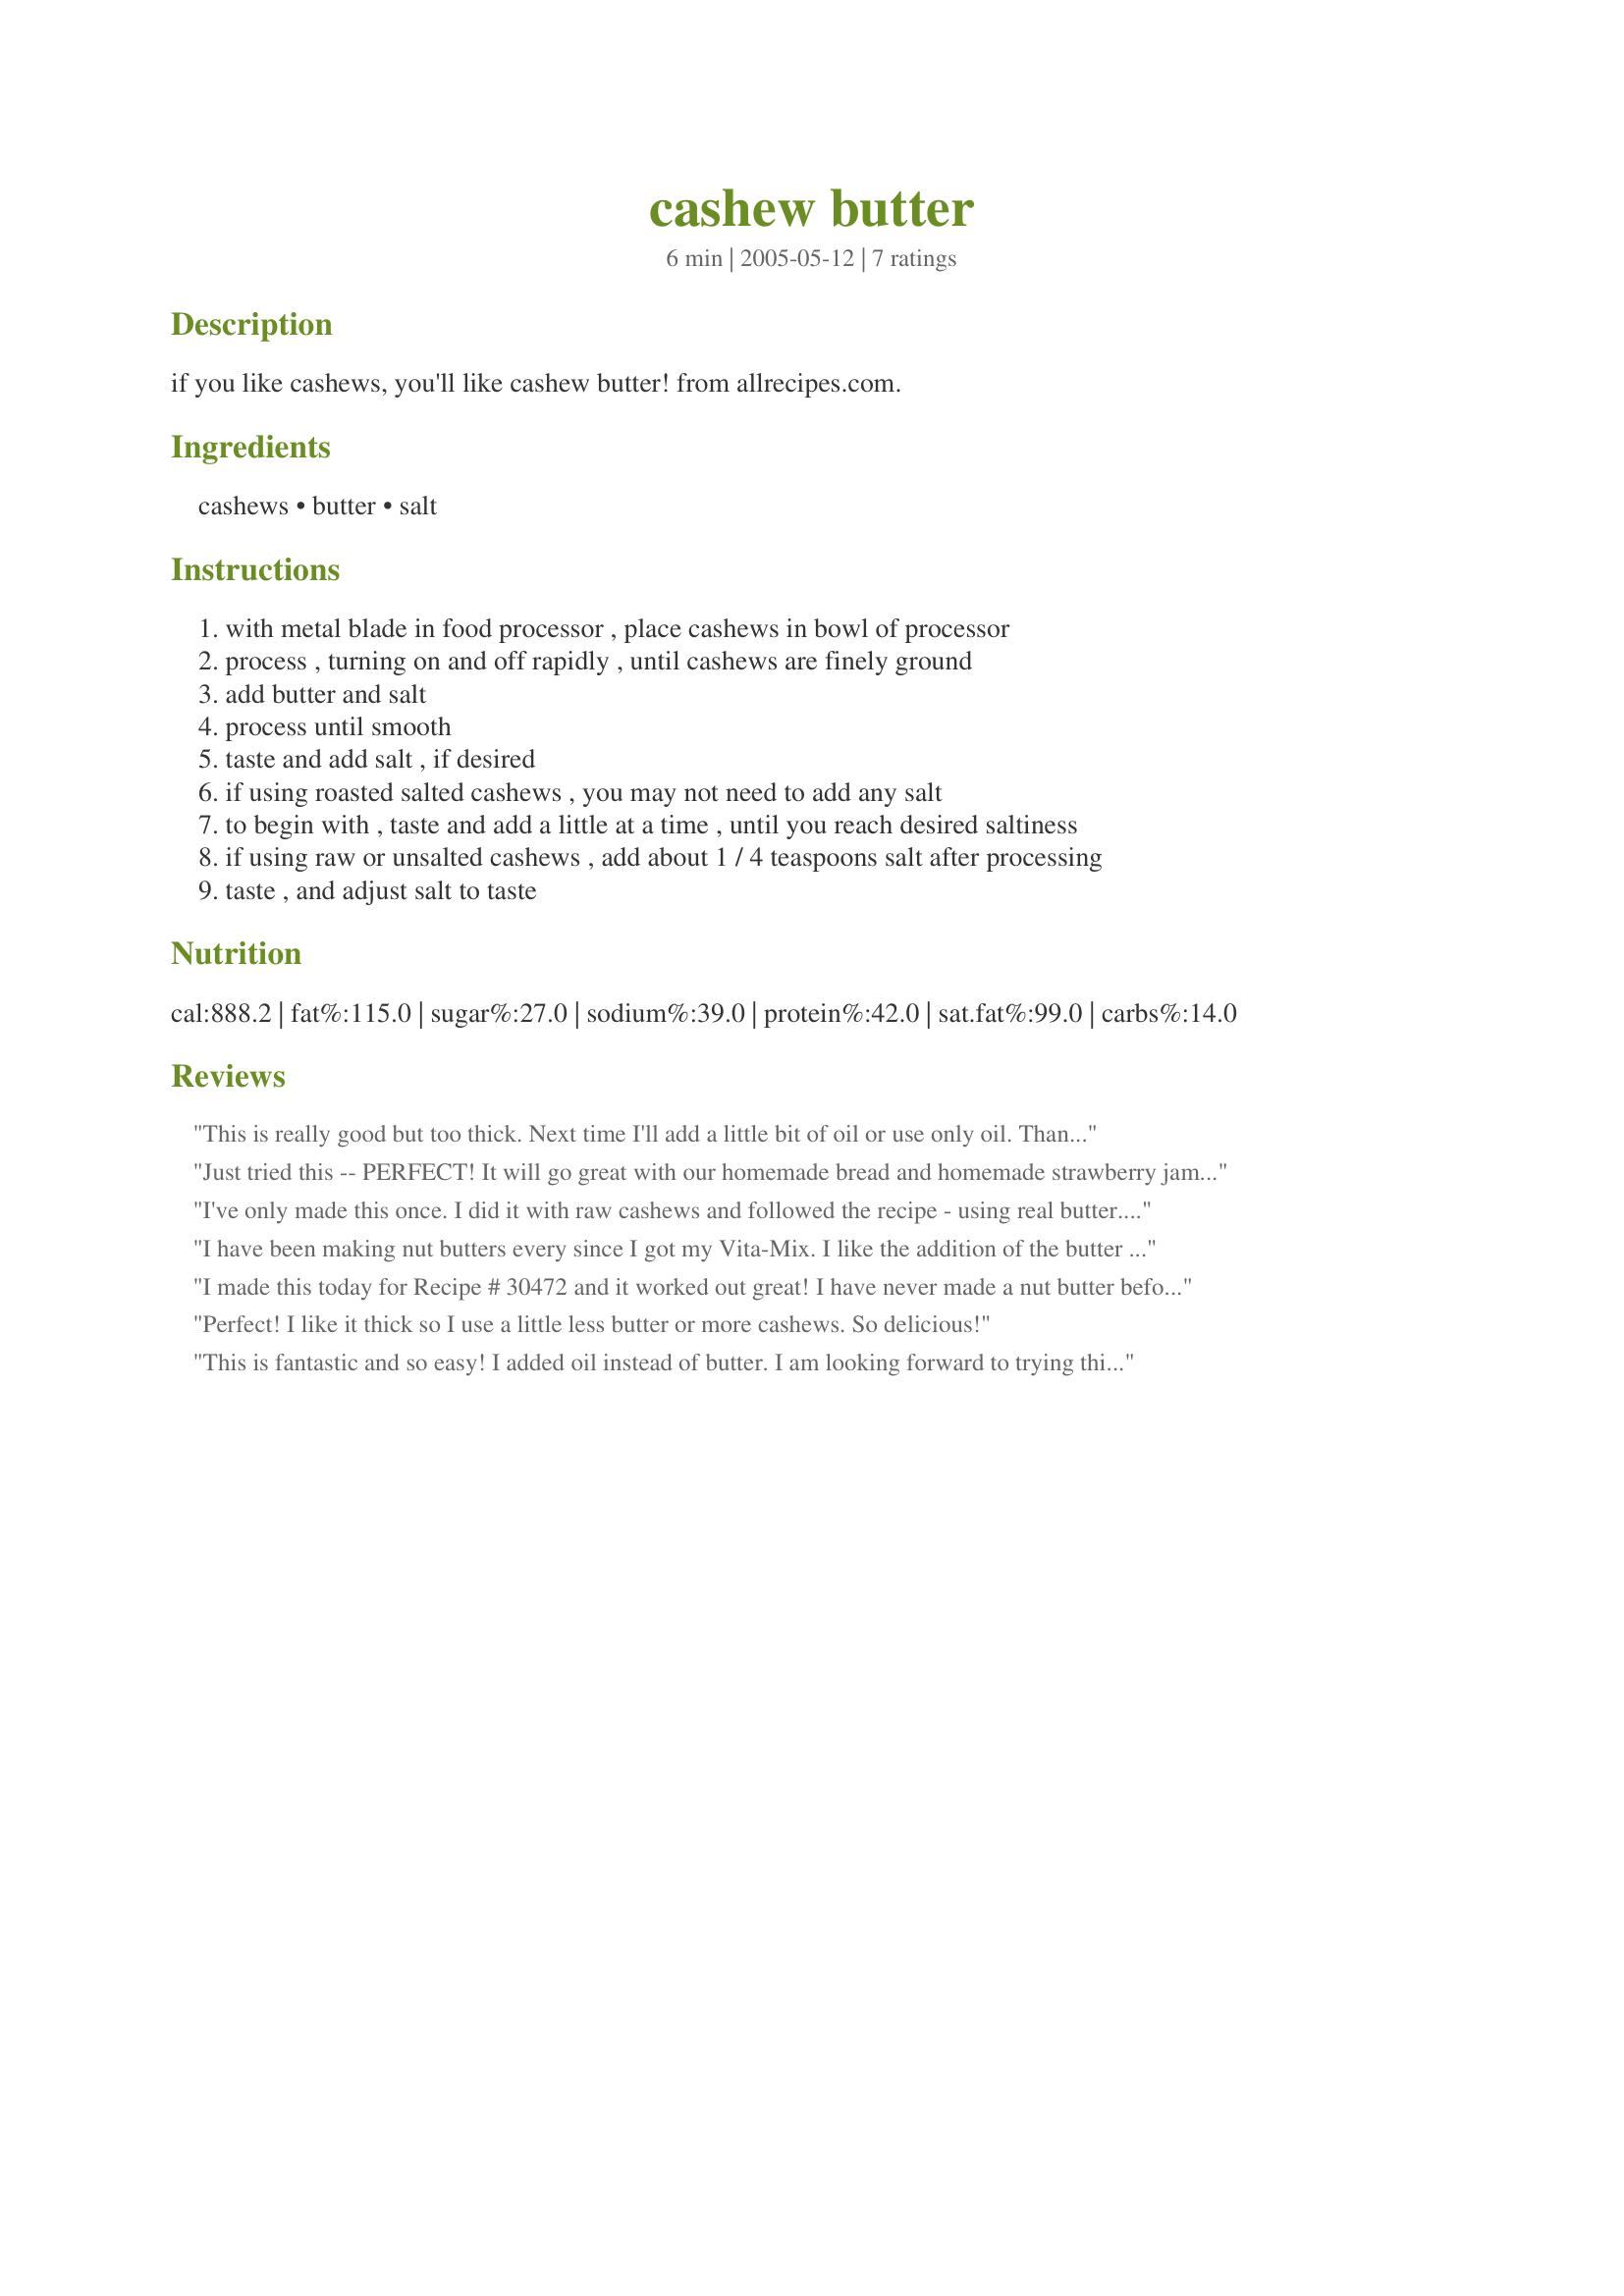
cashew butter
Preparation time: 6 minutes

if you like cashews, you'll like cashew butter! from allrecipes.com.

Ingredients:
cashews, butter, salt

Steps:
with metal blade in food processor , place cashews in bowl of processor
process , turning on and off rapidly , until cashews are finely ground
add butter and salt
process until smooth
taste and add salt , if desired
if using roasted salted cashews , you may not need to add any salt
to begin with , taste and add a little at a time , until you reach desired saltiness
if using raw or unsalted cashews , add about 1 / 4 teaspoons salt after processing
taste , and adjust salt to taste

Reviews:
This is really good but too thick. Next time I'll add a little bit of oil or use only oil. Thanks Sharon :) Made for Zaar Star Game
Just tried this -- PERFECT! It will go great with our homemade bread and homemade strawberry jam. Very easy recipe.
I've only made this once. I did it with raw cashews and followed the recipe - using real butter. It wasn't oily enough, so I added a little more salt and a little canola oil. I think that I will try it again with roasted, salted cashews. Maybe that affects the consistency or levels of oil. Or I may process the nuts a little more before adding the butter. It's def worth a 2nd try though.
I have been making nut butters every since I got my Vita-Mix. I like the addition of the butter to the recipe. It is smooth and creamy.
I made this today for Recipe # 30472 and it worked out great! I have never made a nut butter before. I can see myself using this for other nuts. Thanks Sharon!
Perfect! I like it thick so I use a little less butter or more cashews. So delicious!
This is fantastic and so easy! I added oil instead of butter. I am looking forward to trying this recipe with other types of nuts.
